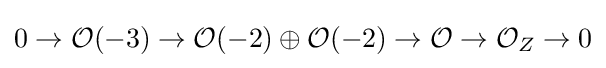
0\to {\mathcal {O}}(-3)\to {\mathcal {O}}(-2)\oplus {\mathcal {O}}(-2)\to {\mathcal {O}}\to {\mathcal {O}}_{Z}\to 0